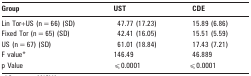
<table><thead><tr><td><b>Group</b></td><td><b>UST</b></td><td><b>CDE</b></td></tr></thead><tbody><tr><td>Lin Tor+US (n = 66) (SD)</td><td>47.77 (17.23)</td><td>15.89 (6.86)</td></tr><tr><td>Fixed Tor (n = 65) (SD)</td><td>42.41 (16.05)</td><td>15.51 (5.59)</td></tr><tr><td>US (n = 67) (SD)</td><td>61.01 (18.84)</td><td>17.43 (7.21)</td></tr><tr><td>F value*</td><td>146.49</td><td>46.889</td></tr><tr><td>p Value</td><td>⩽0.0001</td><td>⩽0.0001</td></tr></tbody></table>